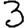
Digit: 3